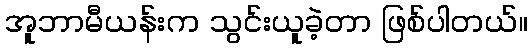
အူဘာမီယန်းက သွင်းယူခဲ့တာ ဖြစ်ပါတယ်။